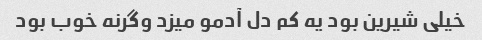
خیلی شیرین بود یه کم دل آدمو میزد وگرنه خوب بود